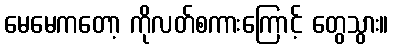
မေမေကတော့ ကိုလတ်စကားကြောင့် တွေသွား။